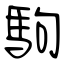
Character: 駒